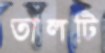
তালটি